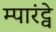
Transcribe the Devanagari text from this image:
म्पारंट्वे